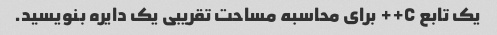
یک تابع C++ برای محاسبه مساحت تقریبی یک دایره بنویسید.